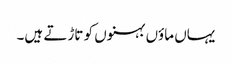
یہاں ماؤں بہنوں کو تاڑتے ہیں۔